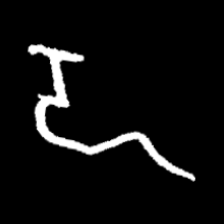
Pyu character \u2014 Myanmar letter: ဍ (romanized: dda)